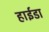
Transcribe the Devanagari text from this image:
हाईडा